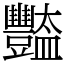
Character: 豓